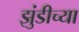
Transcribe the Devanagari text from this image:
झुंडीच्या